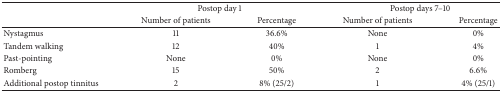
|  | <COLSPAN=2> Postop day 1 | <COLSPAN=2> Postop days 7–10 |
 |  | Number of patients | Percentage | Number of patients | Percentage |
 | --- | --- | --- | --- | --- |
 | Nystagmus | 11 | 36.6% | None | 0% |
 | Tandem walking | 12 | 40% | 1 | 4% |
 | Past-pointing | None | 0% | None | 0% |
 | Romberg | 15 | 50% | 2 | 6.6% |
 | Additional postop tinnitus | 2 | 8% (25/2) | 1 | 4% (25/1) |